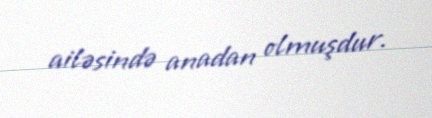
ailəsində anadan olmuşdur.